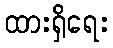
ထားရှိရေး